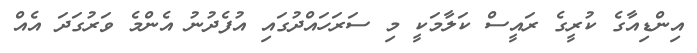
އިންޑިއާގެ ކުރީގެ ރައީސް ކަލާމަކީ މި ސަރަހައްދުގައި އުފެދުނު އެންމެ ވަރުގަދަ އެއް